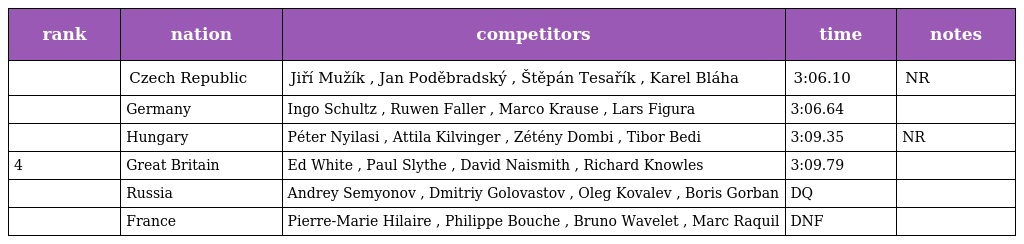
| rank | nation | competitors | time | notes |
 | --- | --- | --- | --- | --- |
 |  | Czech Republic | Jiří Mužík , Jan Poděbradský , Štěpán Tesařík , Karel Bláha | 3:06.10 | NR |
 |  | Germany | Ingo Schultz , Ruwen Faller , Marco Krause , Lars Figura | 3:06.64 |  |
 |  | Hungary | Péter Nyilasi , Attila Kilvinger , Zétény Dombi , Tibor Bedi | 3:09.35 | NR |
 | 4 | Great Britain | Ed White , Paul Slythe , David Naismith , Richard Knowles | 3:09.79 |  |
 |  | Russia | Andrey Semyonov , Dmitriy Golovastov , Oleg Kovalev , Boris Gorban | DQ |  |
 |  | France | Pierre-Marie Hilaire , Philippe Bouche , Bruno Wavelet , Marc Raquil | DNF |  |